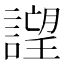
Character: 𧫢